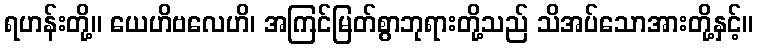
ရဟန်းတို့။ ယေဟိဗလေဟိ၊ အကြင်မြတ်စွာဘုရားတို့သည် သိအပ်သောအားတို့နှင့်။